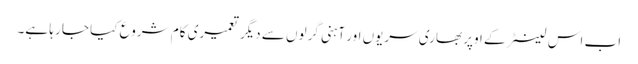
اب اس لینٹر کے اوپر بھاری سریوں اور آہنی گرلوں سے دیگر تعمیری کام شروع کیا جا رہا ہے۔